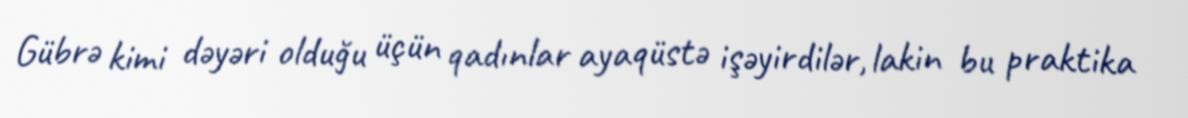
Gübrə kimi dəyəri olduğu üçün qadınlar ayaqüstə işəyirdilər, lakin bu praktika